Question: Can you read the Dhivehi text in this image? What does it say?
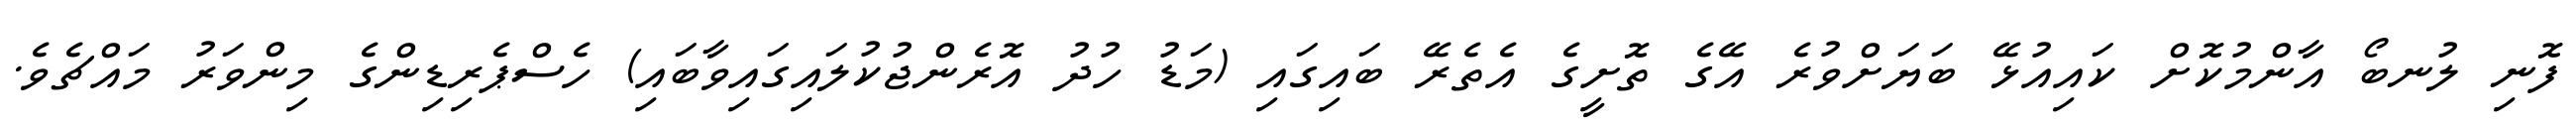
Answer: ފޮނި ލުނބޯ އާންމުކޮށް ކައިއުޅޭ ބަޔަށްވުރެ އޭގެ ތޮށީގެ އެތެރޭ ބައިގައި (މަޑު ހުދު އޮރެންޖުކުލައިގައިވާބައި) ހެސްޕެރިޑިންގެ މިންވަރު މައްޗެވެ.